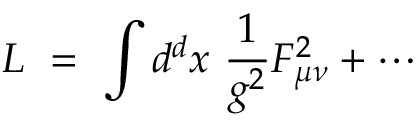
L ~ = ~ \int d ^ { d } x ~ { \frac { 1 } { g ^ { 2 } } } F _ { \mu \nu } ^ { 2 } + \cdots